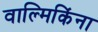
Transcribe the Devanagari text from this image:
वाल्मिकिंना